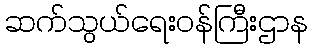
ဆက်သွယ်ရေးဝန်ကြီးဌာန